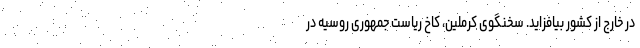
در خارج از کشور بیافزاید. سخنگوی کرملین، کاخ ریاست‌ جمهوری روسیه در